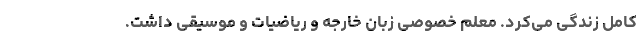
کامل زندگی می‌کرد. معلم خصوصی زبان خارجه و ریاضیات و موسیقی داشت.